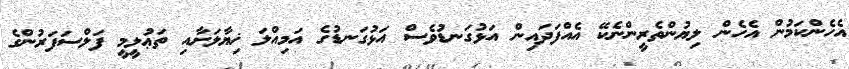
އެހެންކަމުން އެހެން ލިޔުންތެރީންނެކޭ އެއްފަދައިން އަޅުގަނޑުވެސް އަޅުގަނޑުގެ އަމިއްލަ ޚިޔާލަށާއި ތަޢުލީމީ ފަލްސަފަރުންގެ